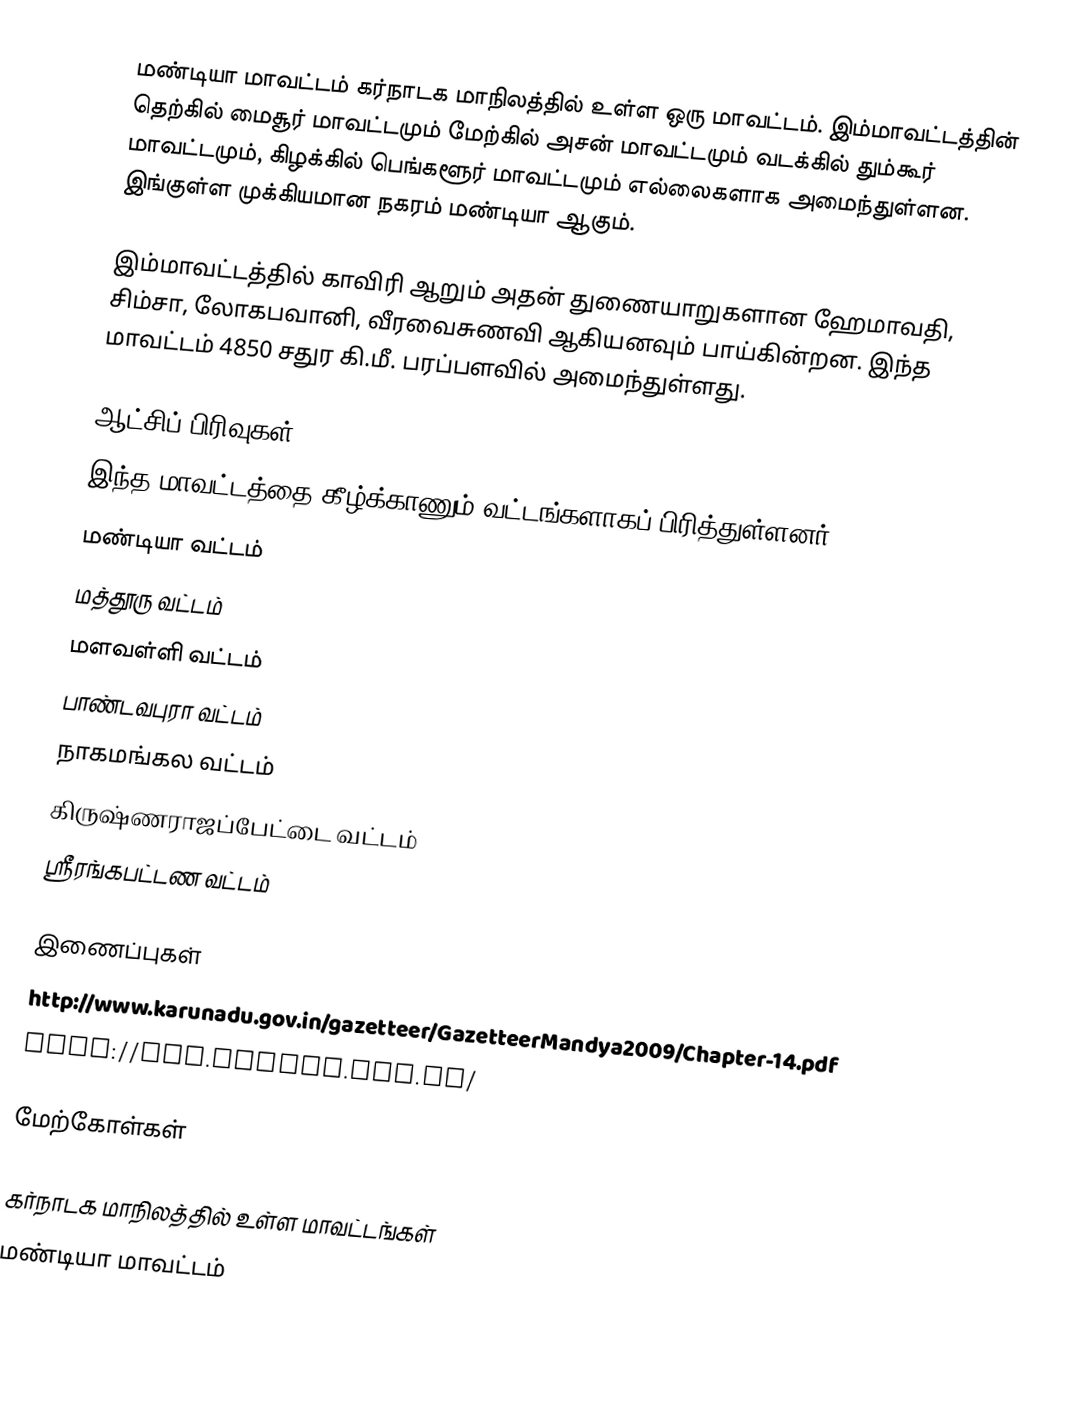
மண்டியா மாவட்டம் கர்நாடக மாநிலத்தில் உள்ள ஒரு மாவட்டம். இம்மாவட்டத்தின் தெற்கில் மைசூர் மாவட்டமும் மேற்கில் அசன் மாவட்டமும் வடக்கில் தும்கூர் மாவட்டமும், கிழக்கில் பெங்களூர் மாவட்டமும் எல்லைகளாக அமைந்துள்ளன. இங்குள்ள முக்கியமான நகரம் மண்டியா ஆகும்.

இம்மாவட்டத்தில் காவிரி ஆறும் அதன் துணையாறுகளான ஹேமாவதி, சிம்சா, லோகபவானி, வீரவைசுணவி ஆகியனவும் பாய்கின்றன. இந்த மாவட்டம் 4850 சதுர கி.மீ. பரப்பளவில் அமைந்துள்ளது.

ஆட்சிப் பிரிவுகள்
இந்த மாவட்டத்தை கீழ்க்காணும் வட்டங்களாகப் பிரித்துள்ளனர்.
மண்டியா வட்டம்
மத்தூரு வட்டம்
மளவள்ளி வட்டம்
பாண்டவபுரா வட்டம்
நாகமங்கல வட்டம்
கிருஷ்ணராஜப்பேட்டை வட்டம்
ஸ்ரீரங்கபட்டண வட்டம்

இணைப்புகள்
  http://www.karunadu.gov.in/gazetteer/GazetteerMandya2009/Chapter-14.pdf
 http://www.mandya.nic.in/

மேற்கோள்கள்

கர்நாடக மாநிலத்தில் உள்ள மாவட்டங்கள்
மண்டியா மாவட்டம்